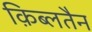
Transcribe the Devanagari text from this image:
क़िब्लतैन